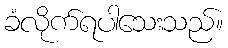
ခံလိုက်ရပါသေးသည်။